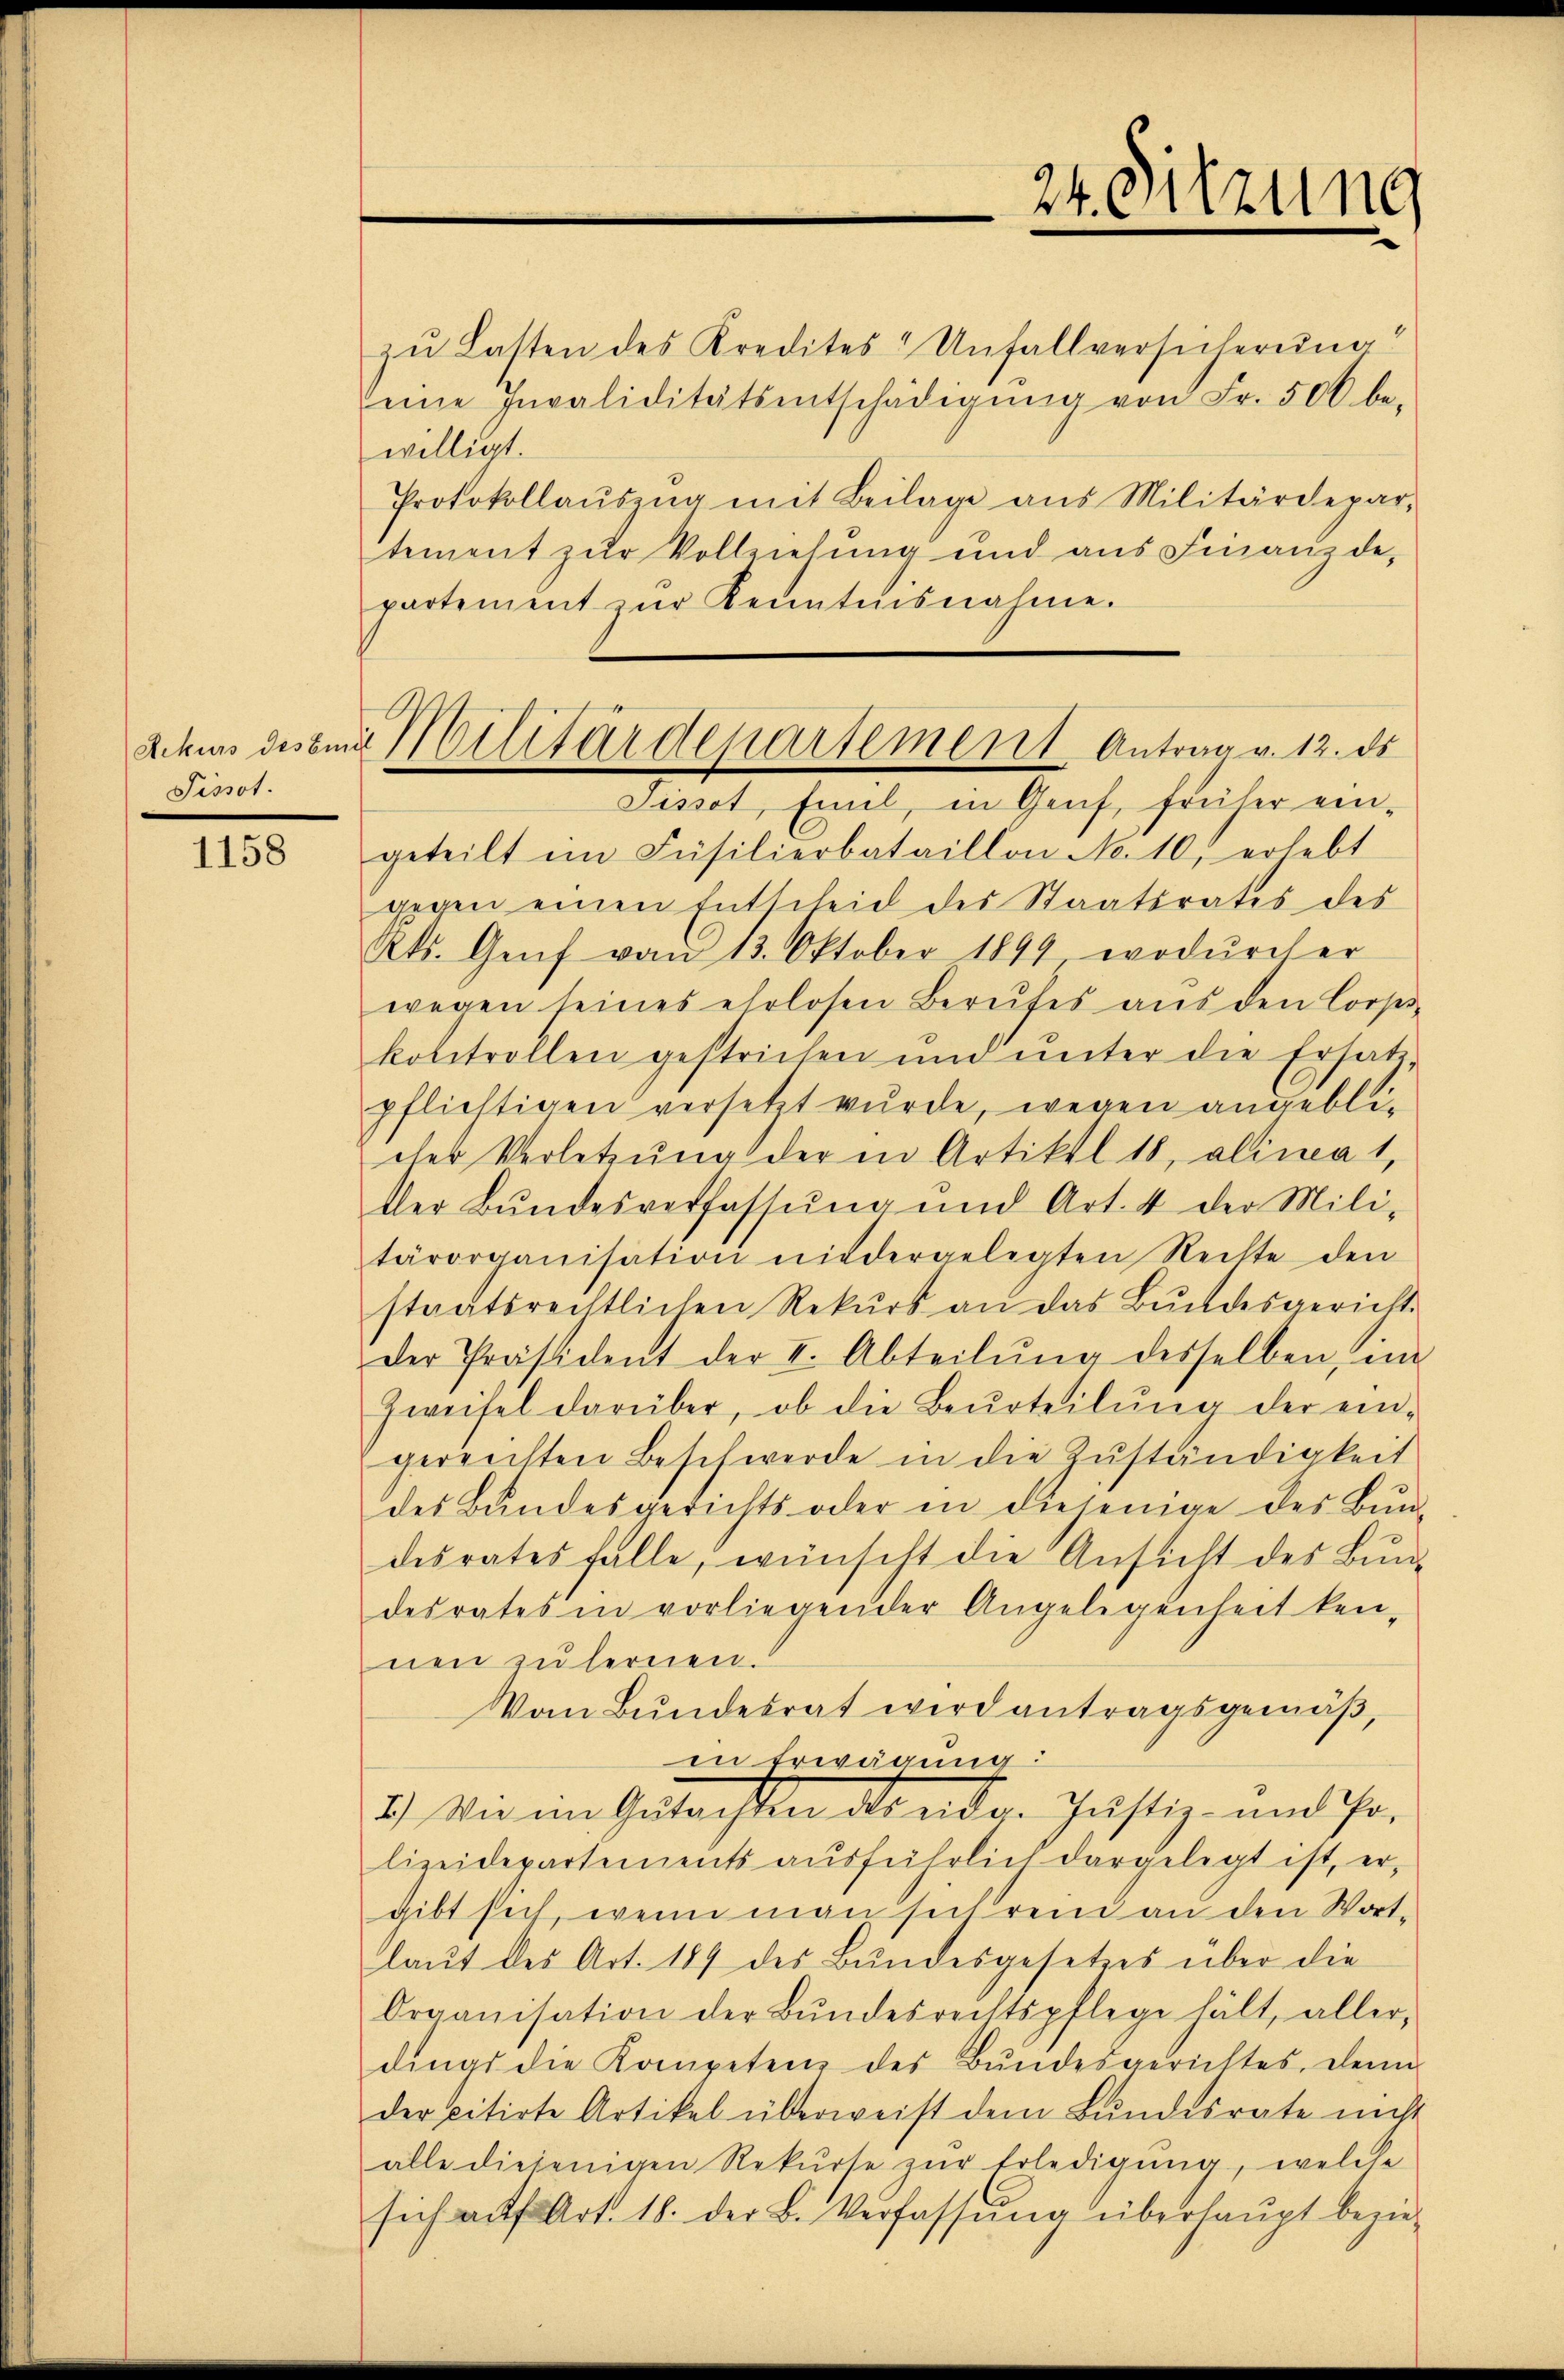
Pissot.

1158

zu Lasten des Kredites Unfallversicherung
eine Invaliditätsentschädigŭng von Fr. 500 be-
willigt.
Protokollaŭszŭg mit Beilage aus Militärdepar-
tement zur Vollziehung und aus Finanzde,
partement zŭr Kenntnisnahme.
geteilt im Füsilierbataillon No. 10, erlebt
gegen einen Entscheid des Staatsrates des
As. Genf vom 13. Oktober 1899 wodŭrch er
wegen seines ehrlosen Berufes aŭs den Corps-
kolitrollen gestrichen und ŭnter die Ersatz-
pflichtigen versetzt wurde, wegen angeblicher Verletzung der in Artikel 18, alineat,
tler Bŭndesverfassŭng und Art. 4 der Mili-
tärorganisation niedergelegten Rechte den
staatsrechtlichen Rekurs an das Bundesgericht.
der Präsident der I. Abteilŭng desselben, im
Zweifel darüber, ob die Beurteilŭng der ein-
gereichten Beschwerde in die Zŭständigkeit
des Bŭndesgerichts oder in diejenige des Bŭnd-
desrates falle, wünscht die Ansicht des Bŭn-
desrates in vorliegender Angelegenheit ken-
nen zu lernen.
Vom Bundesrat wird antragsgemäß,
in Erwägung:
2.) Wie im Gutachten des andr. Justiz- und ihr.
lizeidepartements ausführlich dargelegt ist, er-
gibt sich, wenn man sich rein an den Wortlaut des Art. 189 des Bundesgesetzes über die
Organisation der Bŭndesrechtspflege hält, aller,
dings die Kompeten des Bŭndesgerichtes, denn
derpitirte Artikel überweist dem Bundesrate nicht
alle diejenigen Rekŭrte zŭr Erledigŭng, welche
sich auf Art. 18. der B. Verfassŭng überhaupt bezie-

24. Sitzung

Schuss dessen Militärdepartement Antrag v. 12. ds
Sissot, Emel, in Genf, früher ein¬